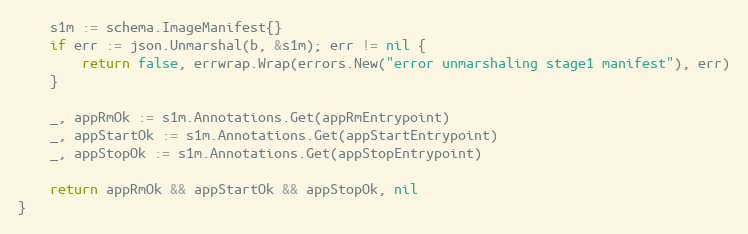
Language: Go
	s1m := schema.ImageManifest{}
	if err := json.Unmarshal(b, &s1m); err != nil {
		return false, errwrap.Wrap(errors.New("error unmarshaling stage1 manifest"), err)
	}

	_, appRmOk := s1m.Annotations.Get(appRmEntrypoint)
	_, appStartOk := s1m.Annotations.Get(appStartEntrypoint)
	_, appStopOk := s1m.Annotations.Get(appStopEntrypoint)

	return appRmOk && appStartOk && appStopOk, nil
}